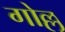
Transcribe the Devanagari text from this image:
गोल्ल